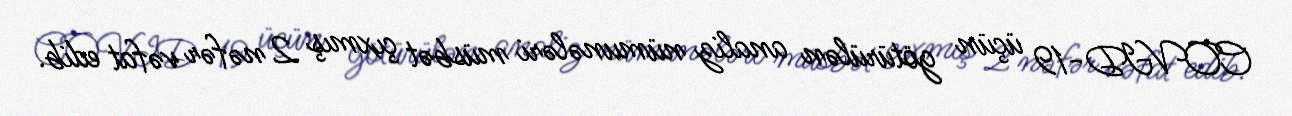
COVID-19 üçün götürülən analiz nümunələri müsbət çıxmış 2 nəfər vəfat edib.